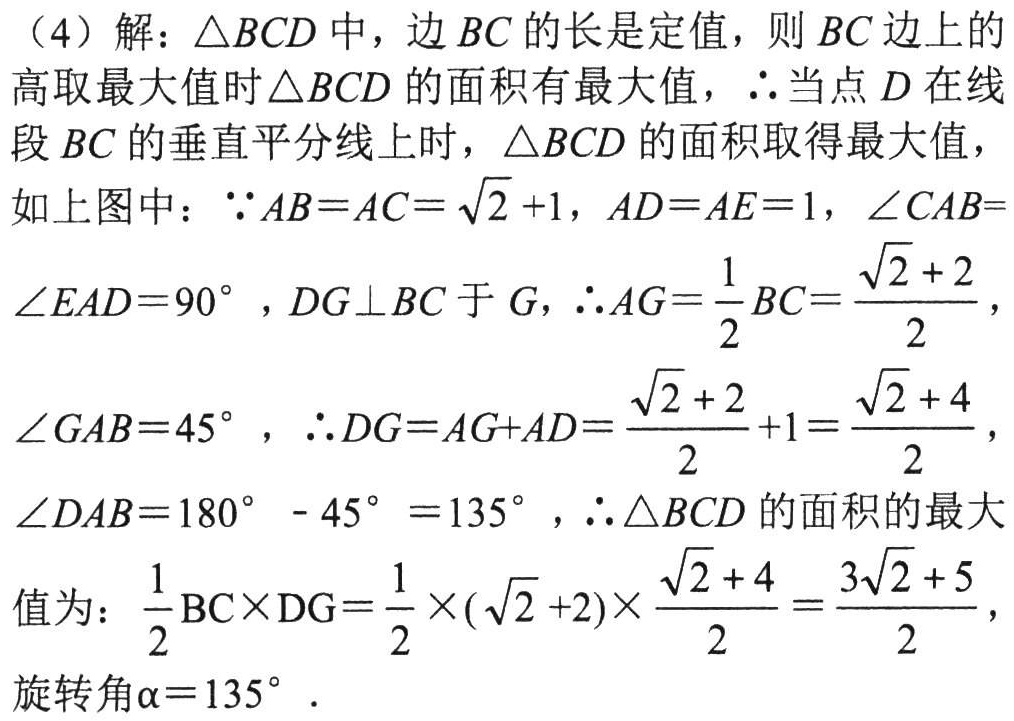
（4）解：\(\triangle BCD\)中，边 \(BC\) 的长是定值，则 \(BC\) 边上的高取最大值时\(\triangle BCD\) 的面积有最大值，\(\therefore\)当点 \(D\) 在线段 \(BC\) 的垂直平分线上时，\(\triangle BCD\) 的面积取得最大值，
如上图中：\(\because AB = AC=\sqrt{2}+1\)，\(AD = AE = 1\)，\(\angle CAB=\angle EAD = 90^{\circ}\)，\(DG\perp BC\) 于 \(G\)，\(\therefore AG=\frac{1}{2}BC=\frac{\sqrt{2}+2}{2}\)，
\(\angle GAB = 45^{\circ}\)，\(\therefore DG=AG + AD=\frac{\sqrt{2}+2}{2}+1=\frac{\sqrt{2}+4}{2}\)，
\(\angle DAB = 180^{\circ}-45^{\circ}=135^{\circ}\)，\(\therefore\triangle BCD\) 的面积的最大值为：\(\frac{1}{2}BC\times DG=\frac{1}{2}\times(\sqrt{2}+2)\times\frac{\sqrt{2}+4}{2}=\frac{3\sqrt{2}+5}{2}\)，
旋转角\(\alpha = 135^{\circ}\)．